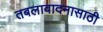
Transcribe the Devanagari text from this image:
तबलावादनासाठी